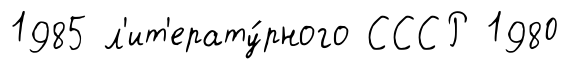
1985 л'ит'ерату́рного СССР 1980